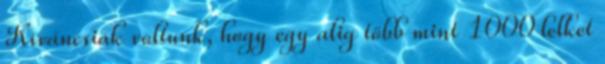
Kíváncsiak voltunk, hogy egy alig több mint 1000 lelket